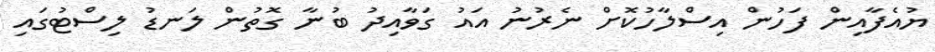
ޔުއެފާއިން ފަހުން އިސްލާހުކޮށް ނެރުނު އައު ގަވާއިދު ބުނާ ގޮތުން ލަނޑު ލިސްޓުގައި